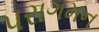
પરાગમન